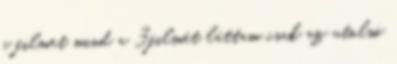
a filmet mind a 3filmét láttam csak az utolsó